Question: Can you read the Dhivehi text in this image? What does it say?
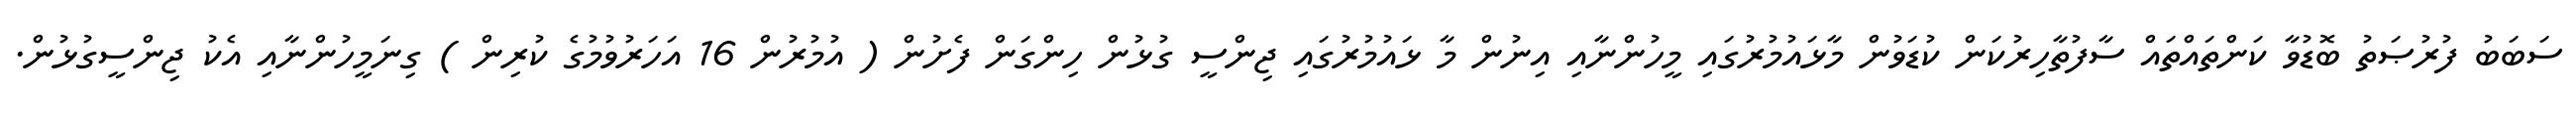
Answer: ސަބަބު ފުރުޞަތު ބޮޑުވާ ކަންތައްތައް ސާފުތާހިރުކަން ކުޑަވުން މާޅައުމުރުގައި މީހުންނާއި އިނުން މާ ޅައުމުރުގައި ޖިންސީ ގުޅުން ހިންގަން ފެށުން ( އުމުރުން 16 އަހަރުވުމުގެ ކުރިން ) ގިނަމީހުންނާއި އެކު ޖިންސީގުޅުން.